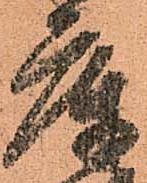
庫